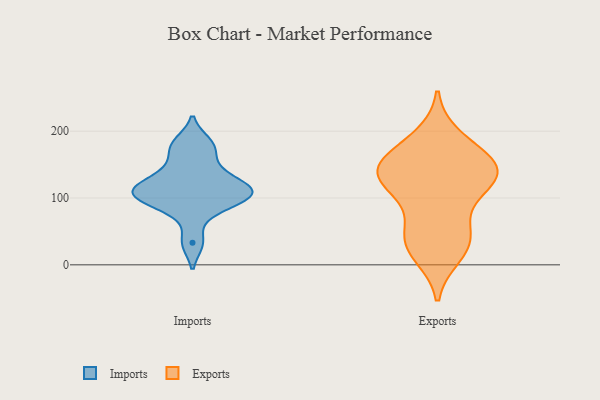
{"axis": {"x": "Website Visitors", "y": "Value"}, "legend": ["Exports", "Imports"], "data": [{"x": "", "y": 98, "type": "Imports"}, {"x": "", "y": 116, "type": "Imports"}, {"x": "", "y": 183, "type": "Imports"}, {"x": "", "y": 106, "type": "Imports"}, {"x": "", "y": 127, "type": "Imports"}, {"x": "", "y": 172, "type": "Imports"}, {"x": "", "y": 110, "type": "Imports"}, {"x": "", "y": 105, "type": "Imports"}, {"x": "", "y": 144, "type": "Imports"}, {"x": "", "y": 81, "type": "Imports"}, {"x": "", "y": 33, "type": "Imports"}, {"x": "", "y": 37, "type": "Exports"}, {"x": "", "y": 147, "type": "Exports"}, {"x": "", "y": 130, "type": "Exports"}, {"x": "", "y": 113, "type": "Exports"}, {"x": "", "y": 30, "type": "Exports"}, {"x": "", "y": 120, "type": "Exports"}, {"x": "", "y": 39, "type": "Exports"}, {"x": "", "y": 145, "type": "Exports"}, {"x": "", "y": 176, "type": "Exports"}, {"x": "", "y": 147, "type": "Exports"}, {"x": "", "y": 139, "type": "Exports"}, {"x": "", "y": 69, "type": "Exports"}, {"x": "", "y": 139, "type": "Exports"}, {"x": "", "y": 16, "type": "Exports"}, {"x": "", "y": 190, "type": "Exports"}]}